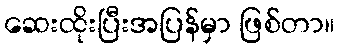
ဆေးထိုးပြီးအပြန်မှာ ဖြစ်တာ။